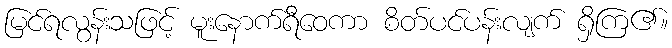
မြင်ရလွန်းသဖြင့် မူးနောက်ရီဝေကာ စိတ်ပင်ပန်းလျက် ရှိကြ၏။